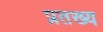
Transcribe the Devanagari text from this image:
प्रतख्य